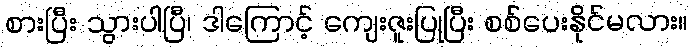
စားပြီး သွားပါပြီ၊ ဒါကြောင့် ကျေးဇူးပြုပြီး စစ်ပေးနိုင်မလား။